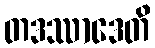
တဒဿာဒေတိ